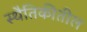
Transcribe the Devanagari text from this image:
स्थैतिकीतील